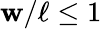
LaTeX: \mathbf{w}/\ell\le1